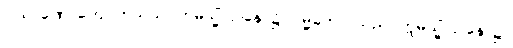
ပါသာဏေ၊ ကျောက်သည်။ ဣမသ္မိံ ဌာနေ၊ ၌။ ဝမ္မိကော၊ သည်။ ဣမသ္မိံ ဌာနေ၊ ၌။